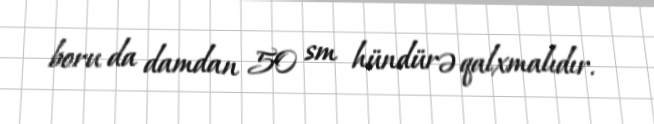
boru da damdan 50 sm hündürə qalxmalıdır.